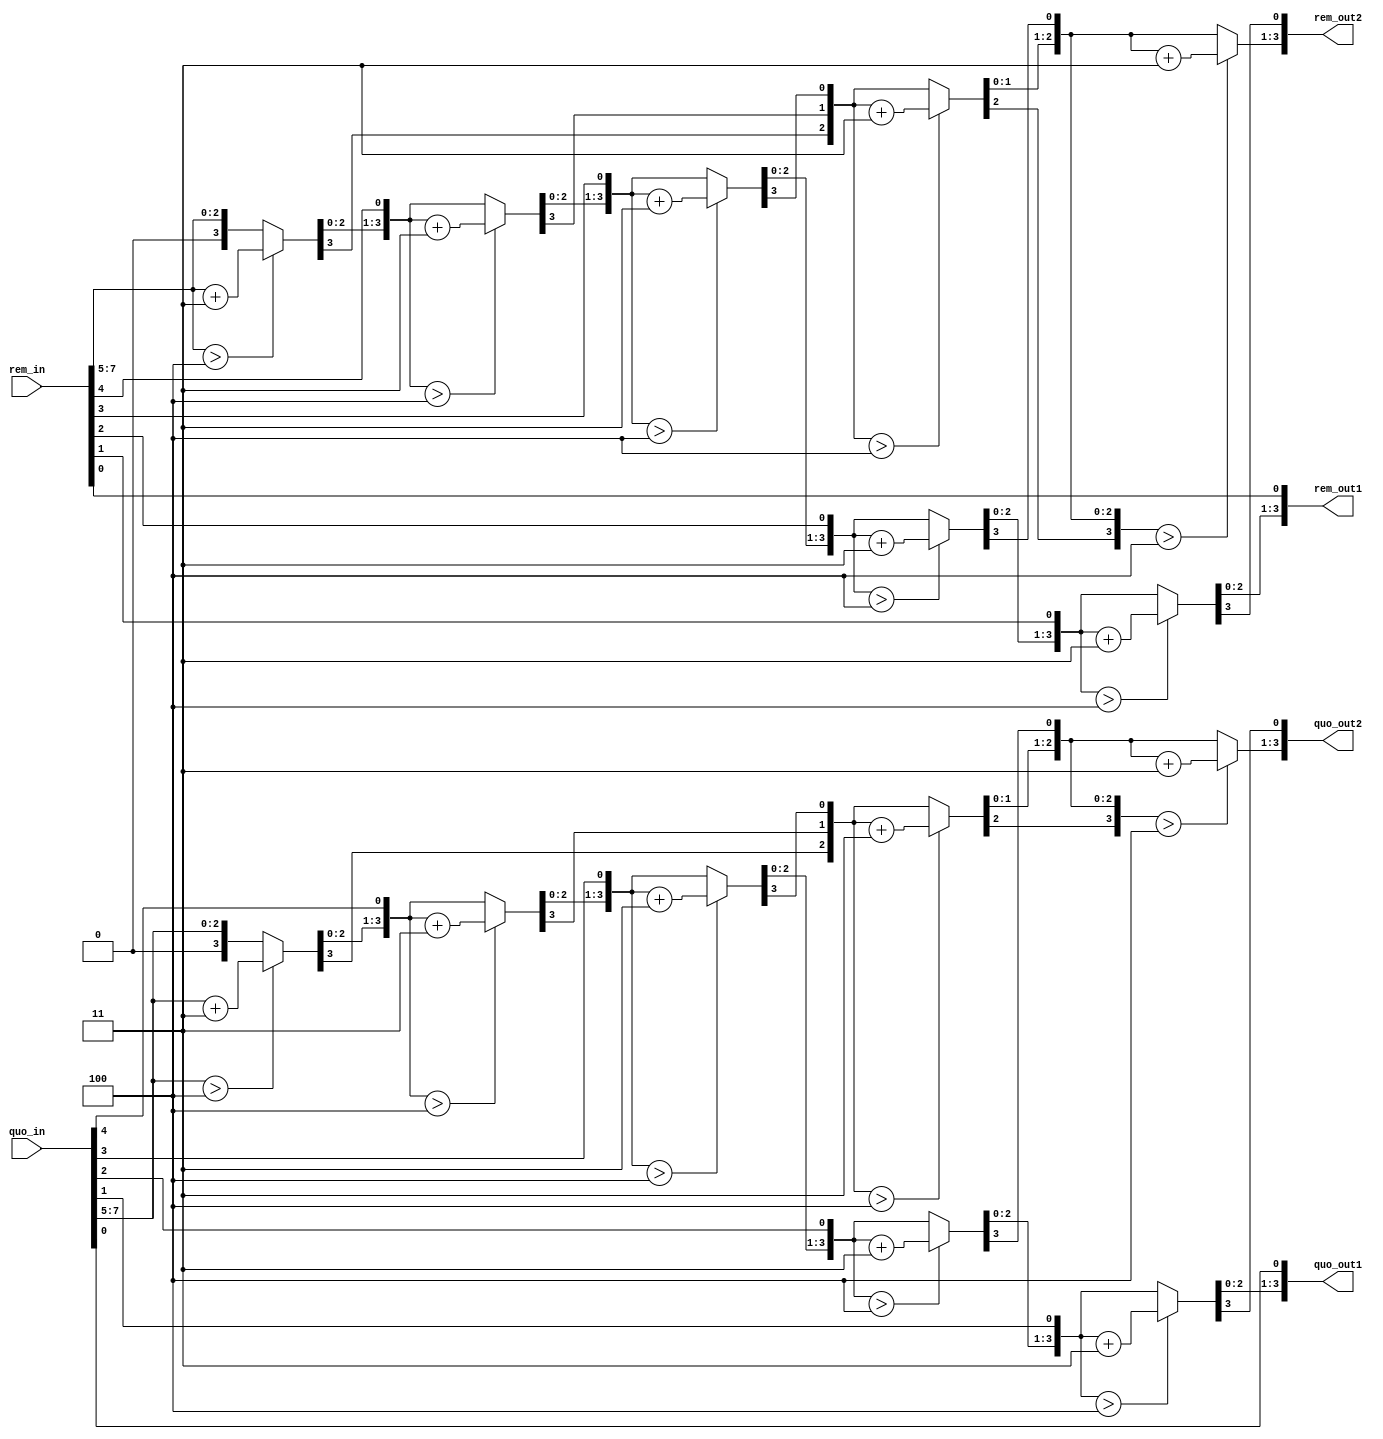
`timescale 1ns / 1ps
module hex2bcd#(parameter REMAINDER_WIDTH = 8, QUOTIENT_WIDTH = 8)(
    input [REMAINDER_WIDTH-1:0]rem_in,  
    input [QUOTIENT_WIDTH-1:0]quo_in,
	output [REMAINDER_WIDTH/2-1:0] rem_out1,rem_out2,
	output [QUOTIENT_WIDTH/2-1:0] quo_out1,quo_out2
); 
integer i,j;

    localparam W = QUOTIENT_WIDTH;
     reg [W+(W-4)/3:0] bcd;
     
     localparam R = REMAINDER_WIDTH;
     reg [R+(R-4)/3:0] bcd1;
     
  always @(quo_in) begin
    for(i = 0; i <= W+(W-4)/3; i = i+1) bcd[i] = 0;     // initialize with zeros
    bcd[W-1:0] = quo_in;                                   // initialize with input vector
    for(i = 0; i <= W-4; i = i+1)                       // iterate on structure depth
      for(j = 0; j <= i/3; j = j+1)                     // iterate on structure width
        if (bcd[W-i+4*j -: 4] > 4)                      // if > 4
          bcd[W-i+4*j -: 4] = bcd[W-i+4*j -: 4] + 4'd3; // add 3
  end
  
  integer k,l;
  always @(rem_in) begin
    for(k = 0; k <= R+(R-4)/3; k = k+1) bcd1[k] = 0;     // initialize with zeros
    bcd1[R-1:0] = rem_in;                                   // initialize with input vector
    for(k = 0; k <= R-4; k = k+1)                       // iterate on structure depth
      for(l = 0; l <= k/3; l = l+1)                     // iterate on structure width
        if (bcd1[R-k+4*l -: 4] > 4)                      // if > 4
          bcd1[R-k+4*l -: 4] = bcd1[R-k+4*l -: 4] + 4'd3; // add 3
  end

assign rem_out1 = bcd1[R/2-1:0];
assign rem_out2 = bcd1[R-1:R/2];
assign quo_out1 = bcd[W/2-1:0];
assign quo_out2 = bcd[W-1:W/2];

endmodule